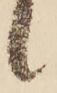
候